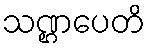
သဏ္ဌပေတိ